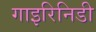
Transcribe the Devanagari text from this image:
गाइरिनिडी